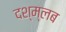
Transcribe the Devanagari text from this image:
दश्म्लब